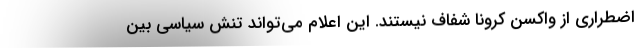
اضطراری از واکسن کرونا شفاف نیستند. این اعلام می‌تواند تنش سیاسی بین